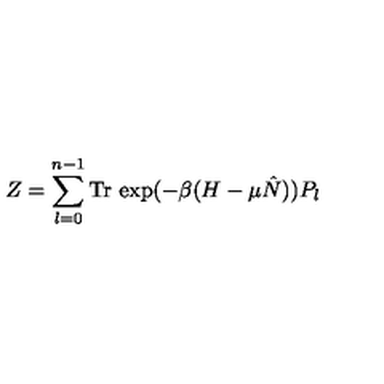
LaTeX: Z = \sum _ { l = 0 } ^ { n - 1 } \mathrm { T r \thinspace } \exp ( - \beta ( H - \mu \hat { N } ) ) P _ { l }